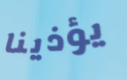
يؤذينا